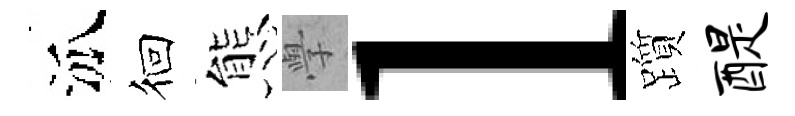
泒徊態𭓕l躓醍